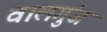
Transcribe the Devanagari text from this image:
वालगुंज